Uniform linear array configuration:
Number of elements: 24
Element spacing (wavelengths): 1
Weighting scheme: exponential
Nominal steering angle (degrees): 45
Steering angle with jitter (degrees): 46.102
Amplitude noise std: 0.05
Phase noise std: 0.05

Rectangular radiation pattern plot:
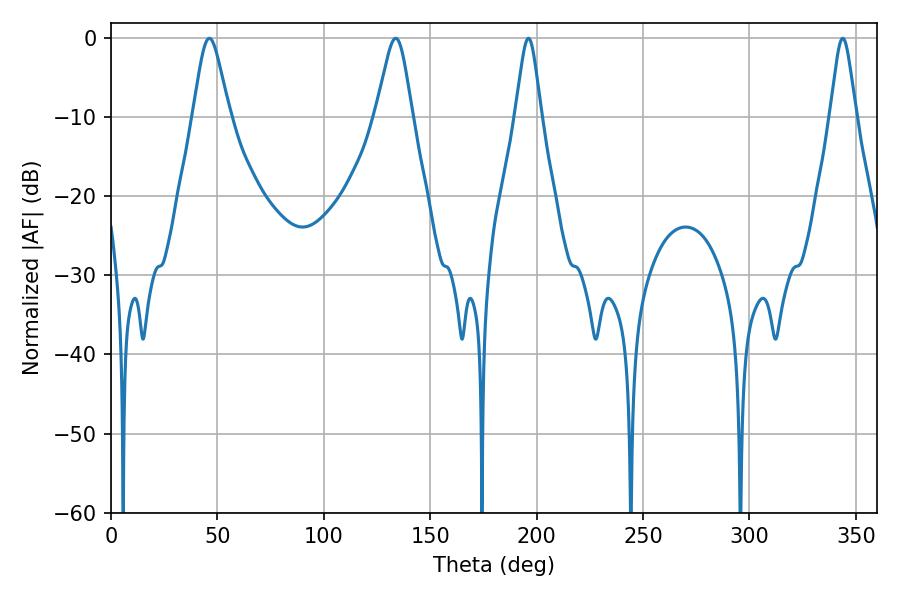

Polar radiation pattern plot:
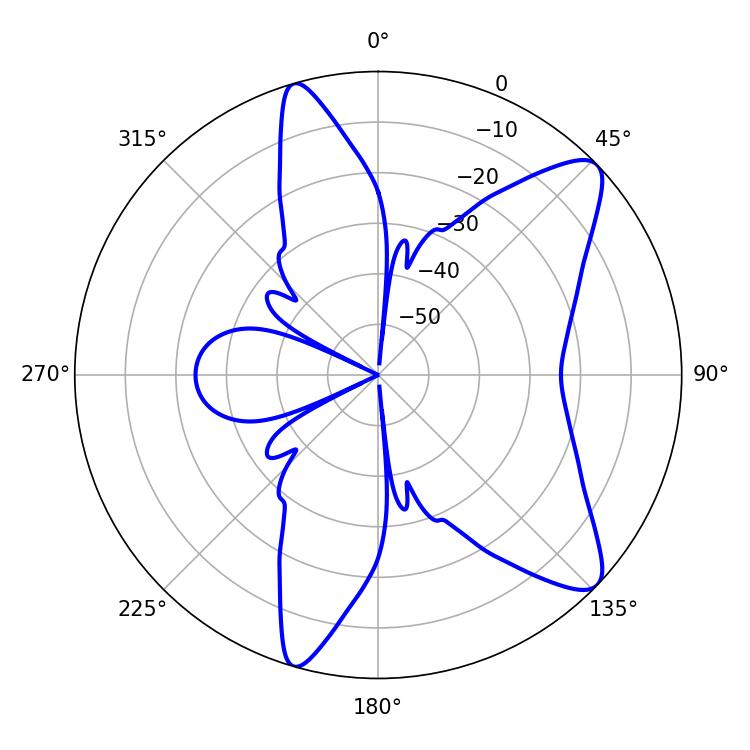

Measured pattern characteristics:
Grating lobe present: TRUE
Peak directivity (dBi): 10.142
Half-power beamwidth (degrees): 8.28
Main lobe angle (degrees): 46.26